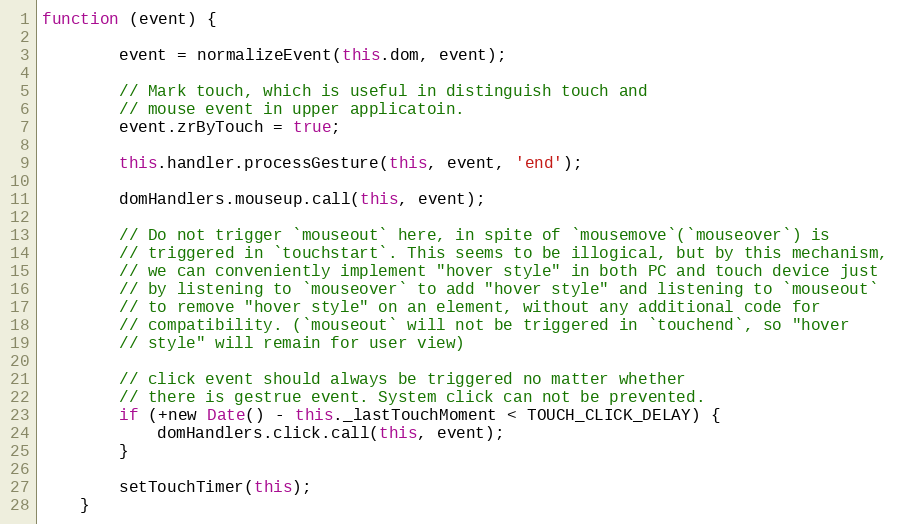
Language: JavaScript
function (event) {

        event = normalizeEvent(this.dom, event);

        // Mark touch, which is useful in distinguish touch and
        // mouse event in upper applicatoin.
        event.zrByTouch = true;

        this.handler.processGesture(this, event, 'end');

        domHandlers.mouseup.call(this, event);

        // Do not trigger `mouseout` here, in spite of `mousemove`(`mouseover`) is
        // triggered in `touchstart`. This seems to be illogical, but by this mechanism,
        // we can conveniently implement "hover style" in both PC and touch device just
        // by listening to `mouseover` to add "hover style" and listening to `mouseout`
        // to remove "hover style" on an element, without any additional code for
        // compatibility. (`mouseout` will not be triggered in `touchend`, so "hover
        // style" will remain for user view)

        // click event should always be triggered no matter whether
        // there is gestrue event. System click can not be prevented.
        if (+new Date() - this._lastTouchMoment < TOUCH_CLICK_DELAY) {
            domHandlers.click.call(this, event);
        }

        setTouchTimer(this);
    }